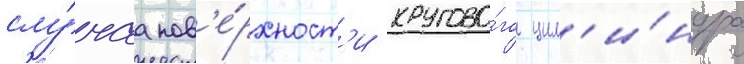
слу́чаа пов'е́рхност'и кругово́го цил'и́ндра